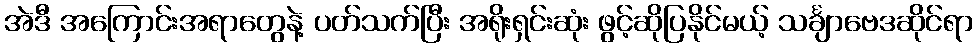
အဲဒီ အကြောင်းအရာတွေနဲ့ ပတ်သက်ပြီး အရိုးရှင်းဆုံး ဖွင့်ဆိုပြနိုင်မယ့် သင်္ချာဗေဒဆိုင်ရာ